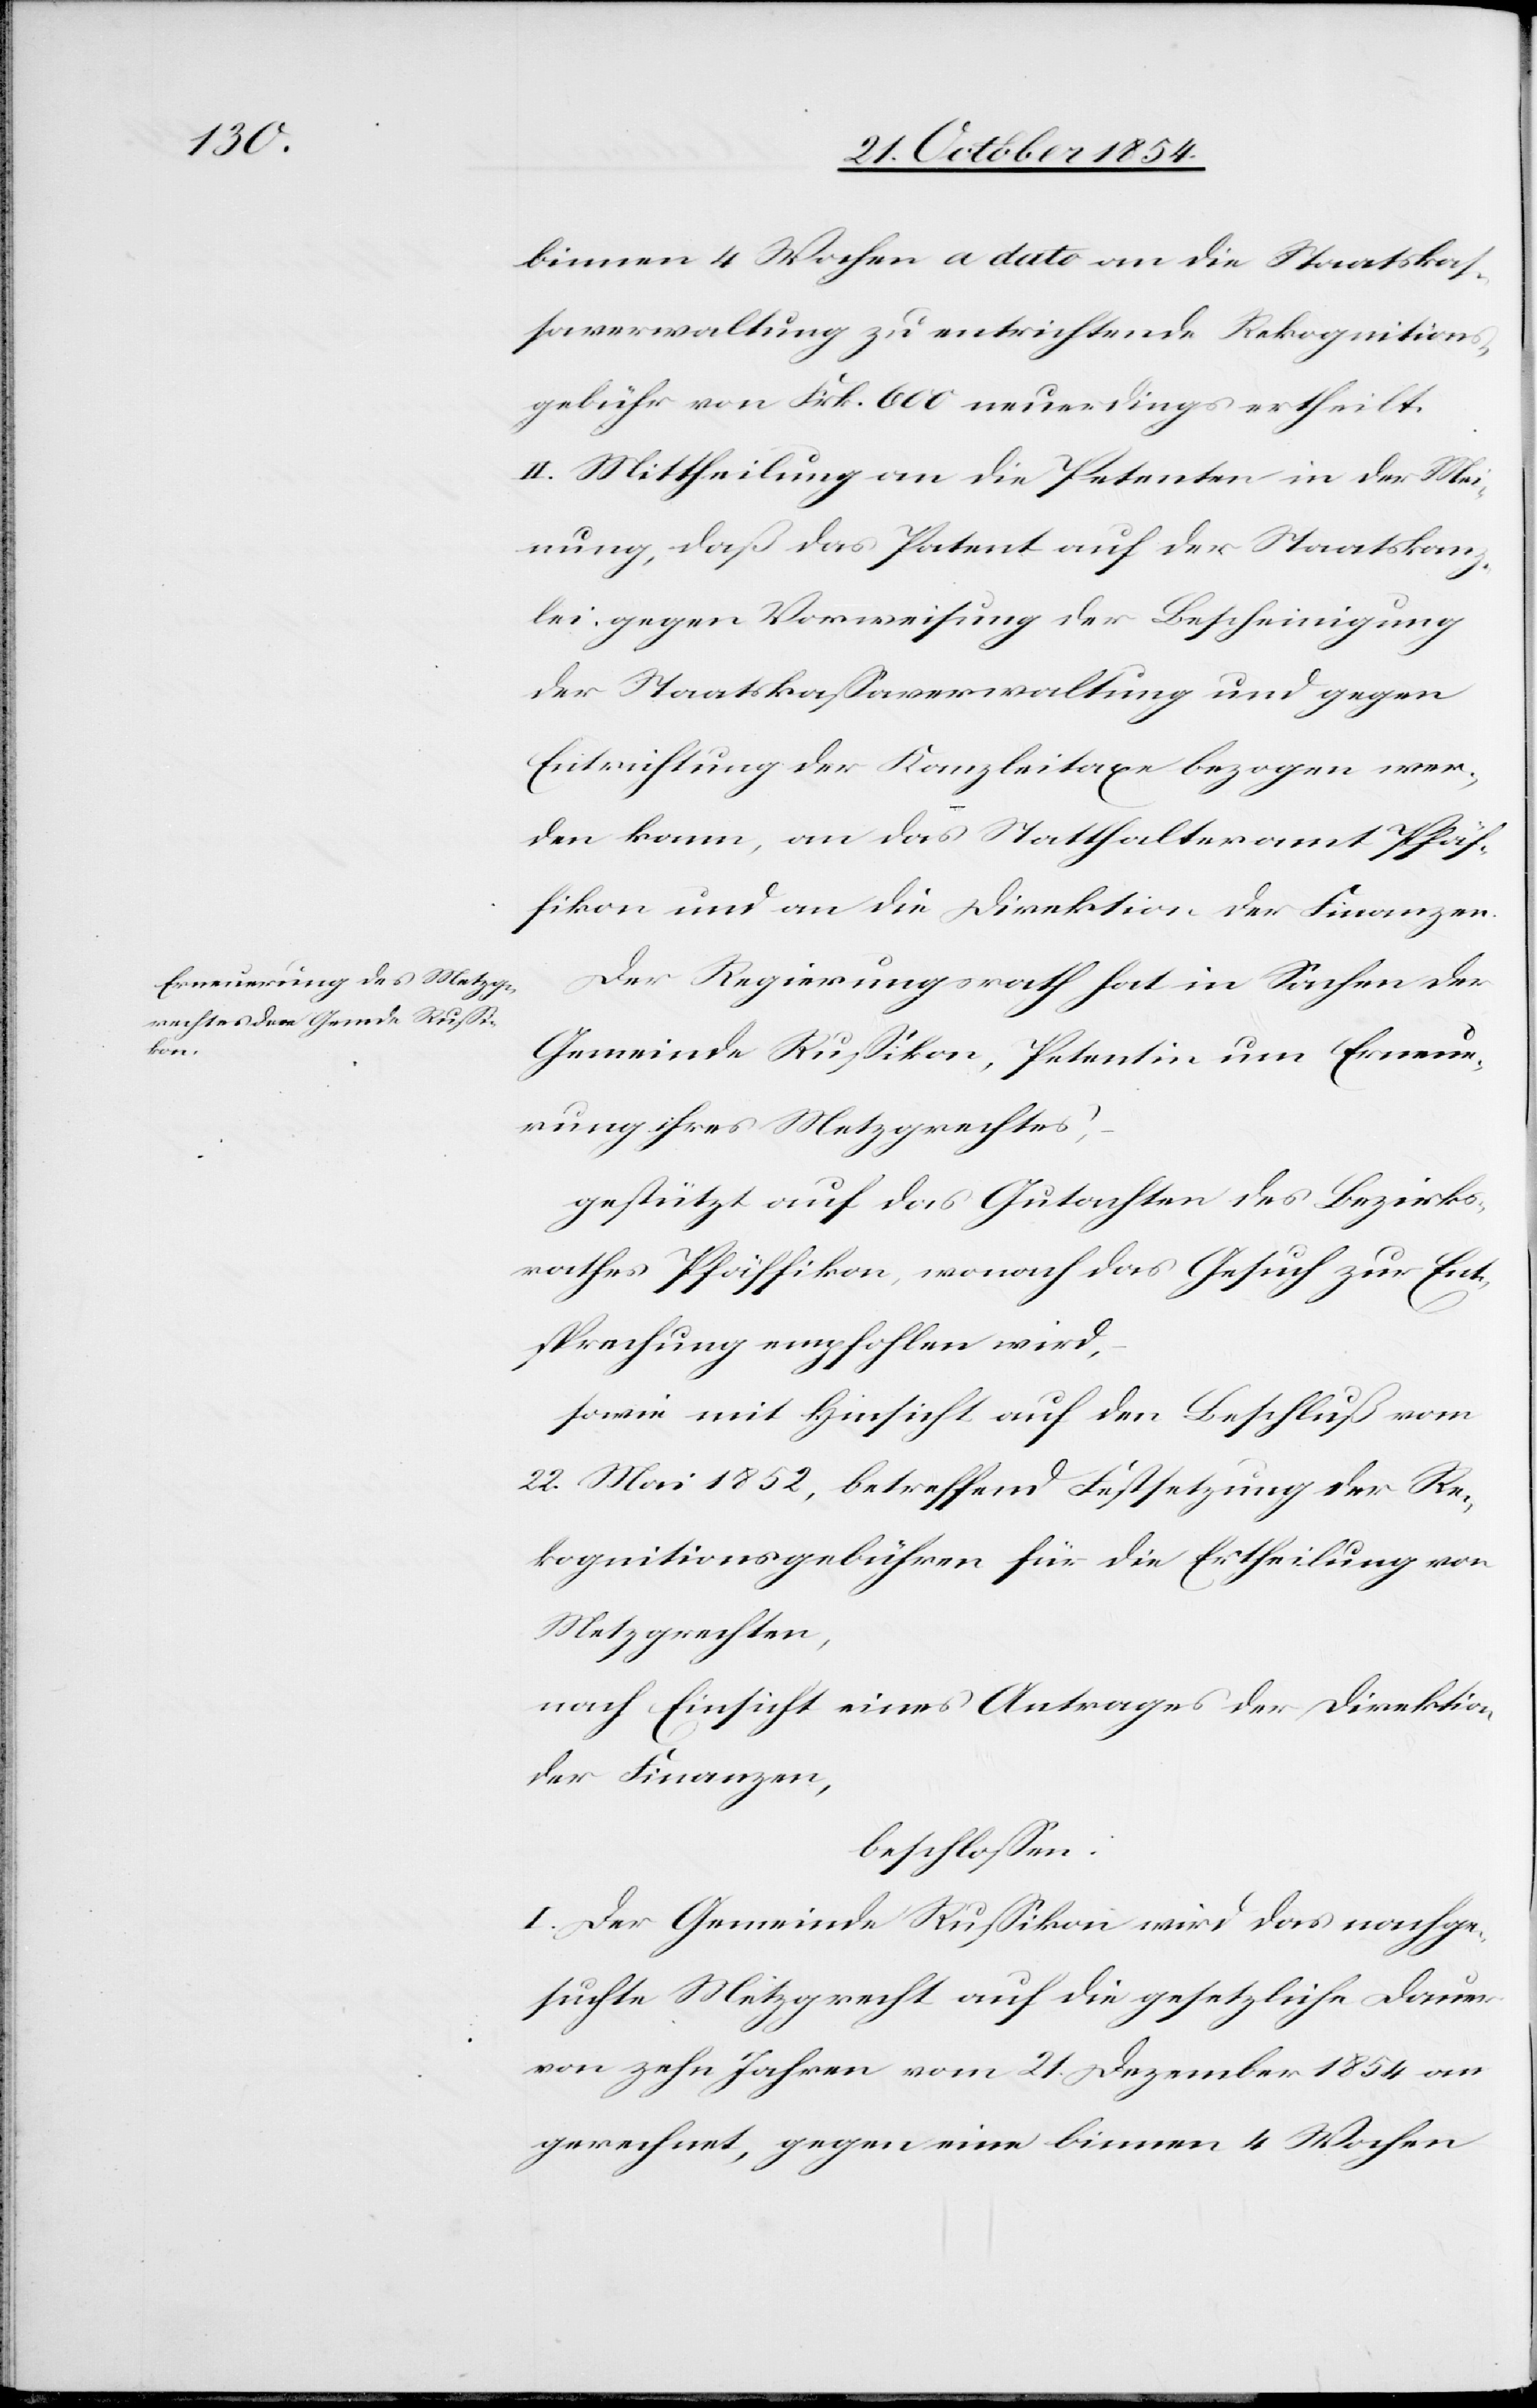
binnen 4 Wochen a dato an die Staatskas¬
saverwaltung zu entrichtende Rekognitions¬
gebühr von Frk. 600 neuerdings ertheilt.
II. Mittheilung an die Petenten in der Mei¬
nung, daß das Patent auf der Staatskanz¬
lei gegen Vorweisung der Bescheinigung
der Staatskaßaverwaltung und gegen
Entrichtung der Kanzleitaxe bezogen wer¬
den kann, an das Statthalteramt Pfäf¬
fikon und an die Direktion der Finanzen.
Der Regierungsrath hat in Sachen der
Gemeinde Rußikon, Petentin um Erneue¬
rung ihres Metzgrechtes,
gestützt auf das Gutachten des Bezirks¬
rathes Pfäffikon, wonach das Gesuch zur Ent¬
sprechung empfohlen wird,
sowie mit Hinsicht auf den Beschluß vom
22. Mai 1852, betreffend Festsetzung der Re¬
kognitionsgebühren für die Ertheilung von
Metzgrechten,
nach Einsicht eines Antrages der Direktion
der Finanzen,
beschloßen:
I. Der Gemeinde Rußikon wird das nachge¬
suchte Metzgrecht auf die gesetzliche Dauer
von zehn Jahren vom 21. Dezember 1854 an
gerechnet, gegen eine binnen 4 Wochen